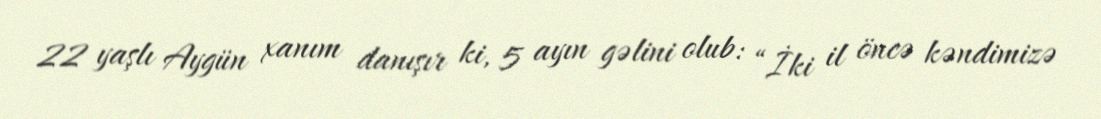
22 yaşlı Aygün xanım danışır ki, 5 ayın gəlini olub: “İki il öncə kəndimizə